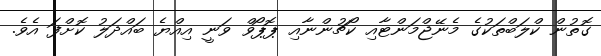
ގޮތުން ކްލަބްތަކުގެ މެނޭޖްމަންޓާއި ކޯޗުންނާއި ޕޮޕޯވް ވަނީ އިއްޔެ ބައްދަލު ކޮށްފަ އެވެ.